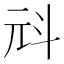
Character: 㪴